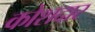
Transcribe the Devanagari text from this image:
कोशदार